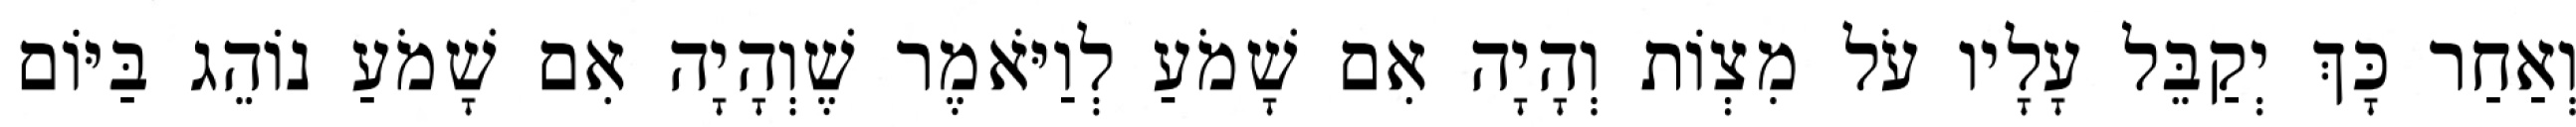
וְאַחַר כָּךְ יְקַבֵּל עָלָיו עֹל מִצְוֹת וְהָיָה אִם שָׁמֹעַ לְוַיֹּאמֶר שֶׁוְהָיָה אִם שָׁמֹעַ נוֹהֵג בַּיּוֹם